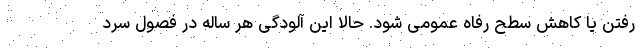
رفتن یا کاهش سطح رفاه عمومی شود. حالا این آلودگی هر ساله در فصول سرد